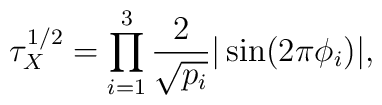
\tau_{X}^{1/2}=\prod_{i=1}^{3}\frac{2}{\sqrt{p_{i}}}|\sin(2\pi\phi_{i})|,